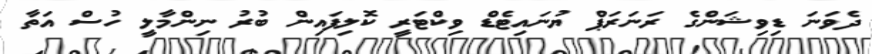
ދެވަނަ ޑިވިޝަންގެ ރަނަރަޕް ޔުނައިޓެޑް ވިކްޓަރީ ކޮލިފައިން ބުރު ނިންމާލީ ހުސް އަތާ